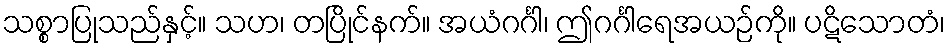
သစ္စာပြုသည်နှင့်။ သဟ၊ တပြိုင်နက်။ အယံဂင်္ဂါ၊ ဤဂင်္ဂါရေအယဉ်ကို။ ပဋိသောတံ၊